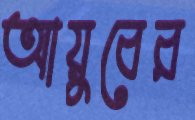
আয়ুবের